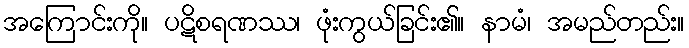
အကြောင်းကို။ ပဋိစရဏဿ၊ ဖုံးကွယ်ခြင်း၏။ နာမံ၊ အမည်တည်း။